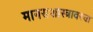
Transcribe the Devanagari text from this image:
मानसशास्त्रावरचा